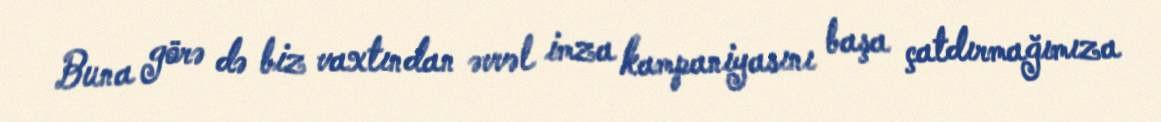
Buna görə də biz vaxtından əvvəl imza kampaniyasını başa çatdırmağımıza